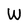
Character: W